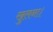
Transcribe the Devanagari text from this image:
खुलना।